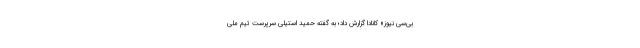
‌بی‌سی نیوز» کانادا گزارش داد؛ به گفته حمید استیلی سرپرست تیم ملی